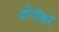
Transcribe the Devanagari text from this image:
योगीश्नर